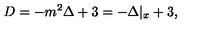
D = - m ^ { 2 } \Delta + 3 = - \Delta | _ { x } + 3 ,